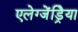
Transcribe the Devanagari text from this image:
एलेग्जेंड्रेिया